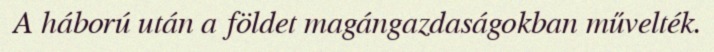
A háború után a földet magángazdaságokban művelték.